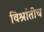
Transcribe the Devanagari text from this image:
विश्रांतीच